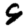
Digit: 9